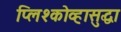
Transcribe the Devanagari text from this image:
प्लिश्कोव्हासुद्धा